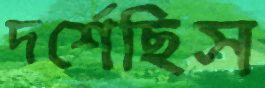
দর্শেছিস